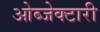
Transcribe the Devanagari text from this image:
ओब्जेक्टारी